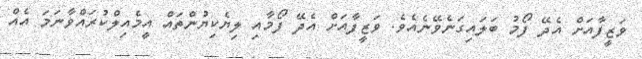
ވަޒީފާއަށް އެދޭ ފޯމު ބަލައިގަނެވޭނެއެވެ. ވަޒީފާއަށް އެދޭ ފޯމާއި ލިޔެކިޔުންތައް އީމެއިލްކުރައްވާނަމަ އެއް